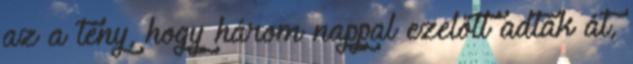
az a tény, hogy három nappal ezelőtt adták át,